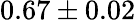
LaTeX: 0.67\pm 0.02